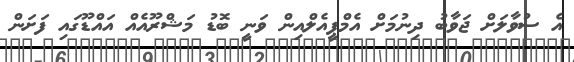
އެ ސުވާލަށް ޖަވާބު ދިނުމަށް އެމްޕީއެލްއިން ވަނީ ބޮޑު މަޝްރޫއެއް އައްޑޫގައި ފަށަން